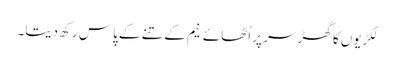
لکڑیوں کا گھڑ سر پر اُٹھائے نیم کے تنے کے پاس رکھ دیتا۔